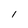
Character: l